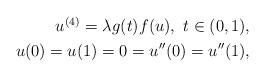
LaTeX: \begin{align*}\begin{aligned} u^{(4)}= \lambda g(t) f(u),\ t\in (0,1),\\u(0)=u(1)=0=u''(0)=u''(1),\end{aligned}\end{align*}